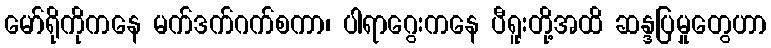
မော်ရိုကိုကနေ မက်ဒက်ဂက်စကာ၊ ပါရာဂွေးကနေ ပီရူးတို့အထိ ဆန္ဒပြမှုတွေဟာ